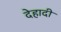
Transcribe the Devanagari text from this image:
देहादी